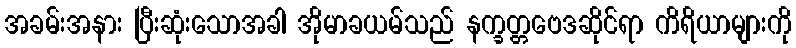
အခမ်းအနား ပြီးဆုံးသောအခါ အိုမာခယမ်သည် နက္ခတ္တဗေဒဆိုင်ရာ ကိရိယာများကို